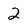
Character: 2